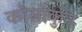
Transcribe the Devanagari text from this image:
कोसोकुन